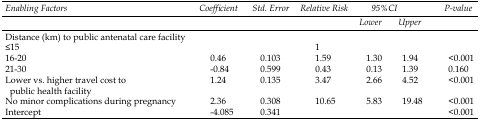
| <ROWSPAN=2> Enabling Factors | <ROWSPAN=2> Coefficient | <ROWSPAN=2> Std. Error | <ROWSPAN=2> Relative Risk | <COLSPAN=2> 95%CI | <ROWSPAN=2> P-value |
 | Lower | Upper |
 | --- | --- | --- | --- | --- | --- | --- |
 | <COLSPAN=7> Distance (km) to public antenatal care facility |
 | ≤15 |  |  | 1 |  |  |  |
 | 16-20 | 0.46 | 0.103 | 1.59 | 1.30 | 1.94 | <0.001 |
 | 21-30 | -0.84 | 0.599 | 0.43 | 0.13 | 1.39 | 0.160 |
 | Lower vs. higher travel cost to public health facility | 1.24 | 0.135 | 3.47 | 2.66 | 4.52 | <0.001 |
 | No minor complications during pregnancy | 2.36 | 0.308 | 10.65 | 5.83 | 19.48 | <0.001 |
 | Intercept | -4.085 | 0.341 |  |  |  | <0.001 |